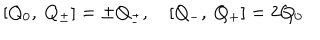
[ Q _ { 0 } , \ Q _ { \pm } ] = \pm Q _ { \pm } , \quad [ Q _ { - } , \ Q _ { + } ] = 2 Q _ { 0 }